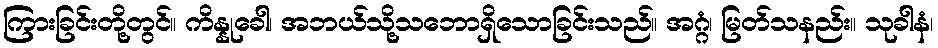
ကြားခြင်းတို့တွင်။ ကိန္နုခေါ၊ အဘယ်သို့သဘောရှိသောခြင်းသည်။ အဂ္ဂံ၊ မြတ်သနည်း။ သုခါနံ၊